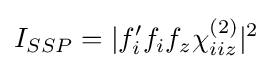
I_{SSP}=|f'_{i}f_{i}f_{z}\chi _{iiz}^{(2)}|^{2}